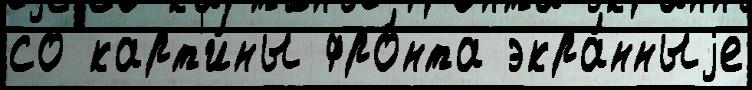
со карт'и́ны фро́нта экра́нныjе